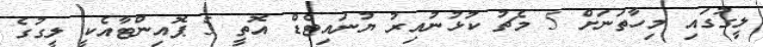
ލީގުގައި މިހާތަނަށް 5 މެޗު ކުޅުނުއިރު ޔުނައިޓެޑް އޮތީ 5 ޕޮއިންޓާއެކީ ލީގުގެ